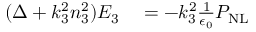
\begin{array} { r l } { ( \Delta + k _ { 3 } ^ { 2 } n _ { 3 } ^ { 2 } ) E _ { 3 } } & { { } = - k _ { 3 } ^ { 2 } \frac { 1 } { \epsilon _ { 0 } } P _ { \mathrm { N L } } } \end{array}